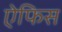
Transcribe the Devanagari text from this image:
ऐफिस